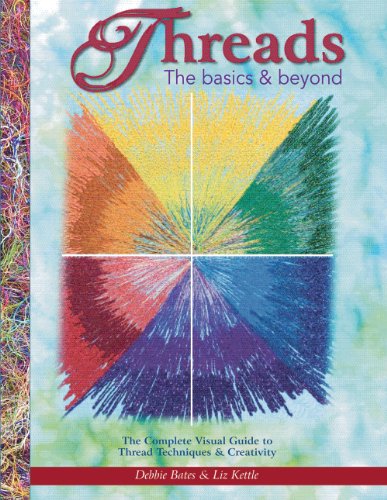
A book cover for Threads The basics & beyond-The Complete Visual Guide to Thread Techniques & Creativity; Debbie Bates; Crafts, Hobbies & Home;